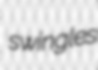
swingles